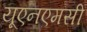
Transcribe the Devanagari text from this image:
यूएनएमसी